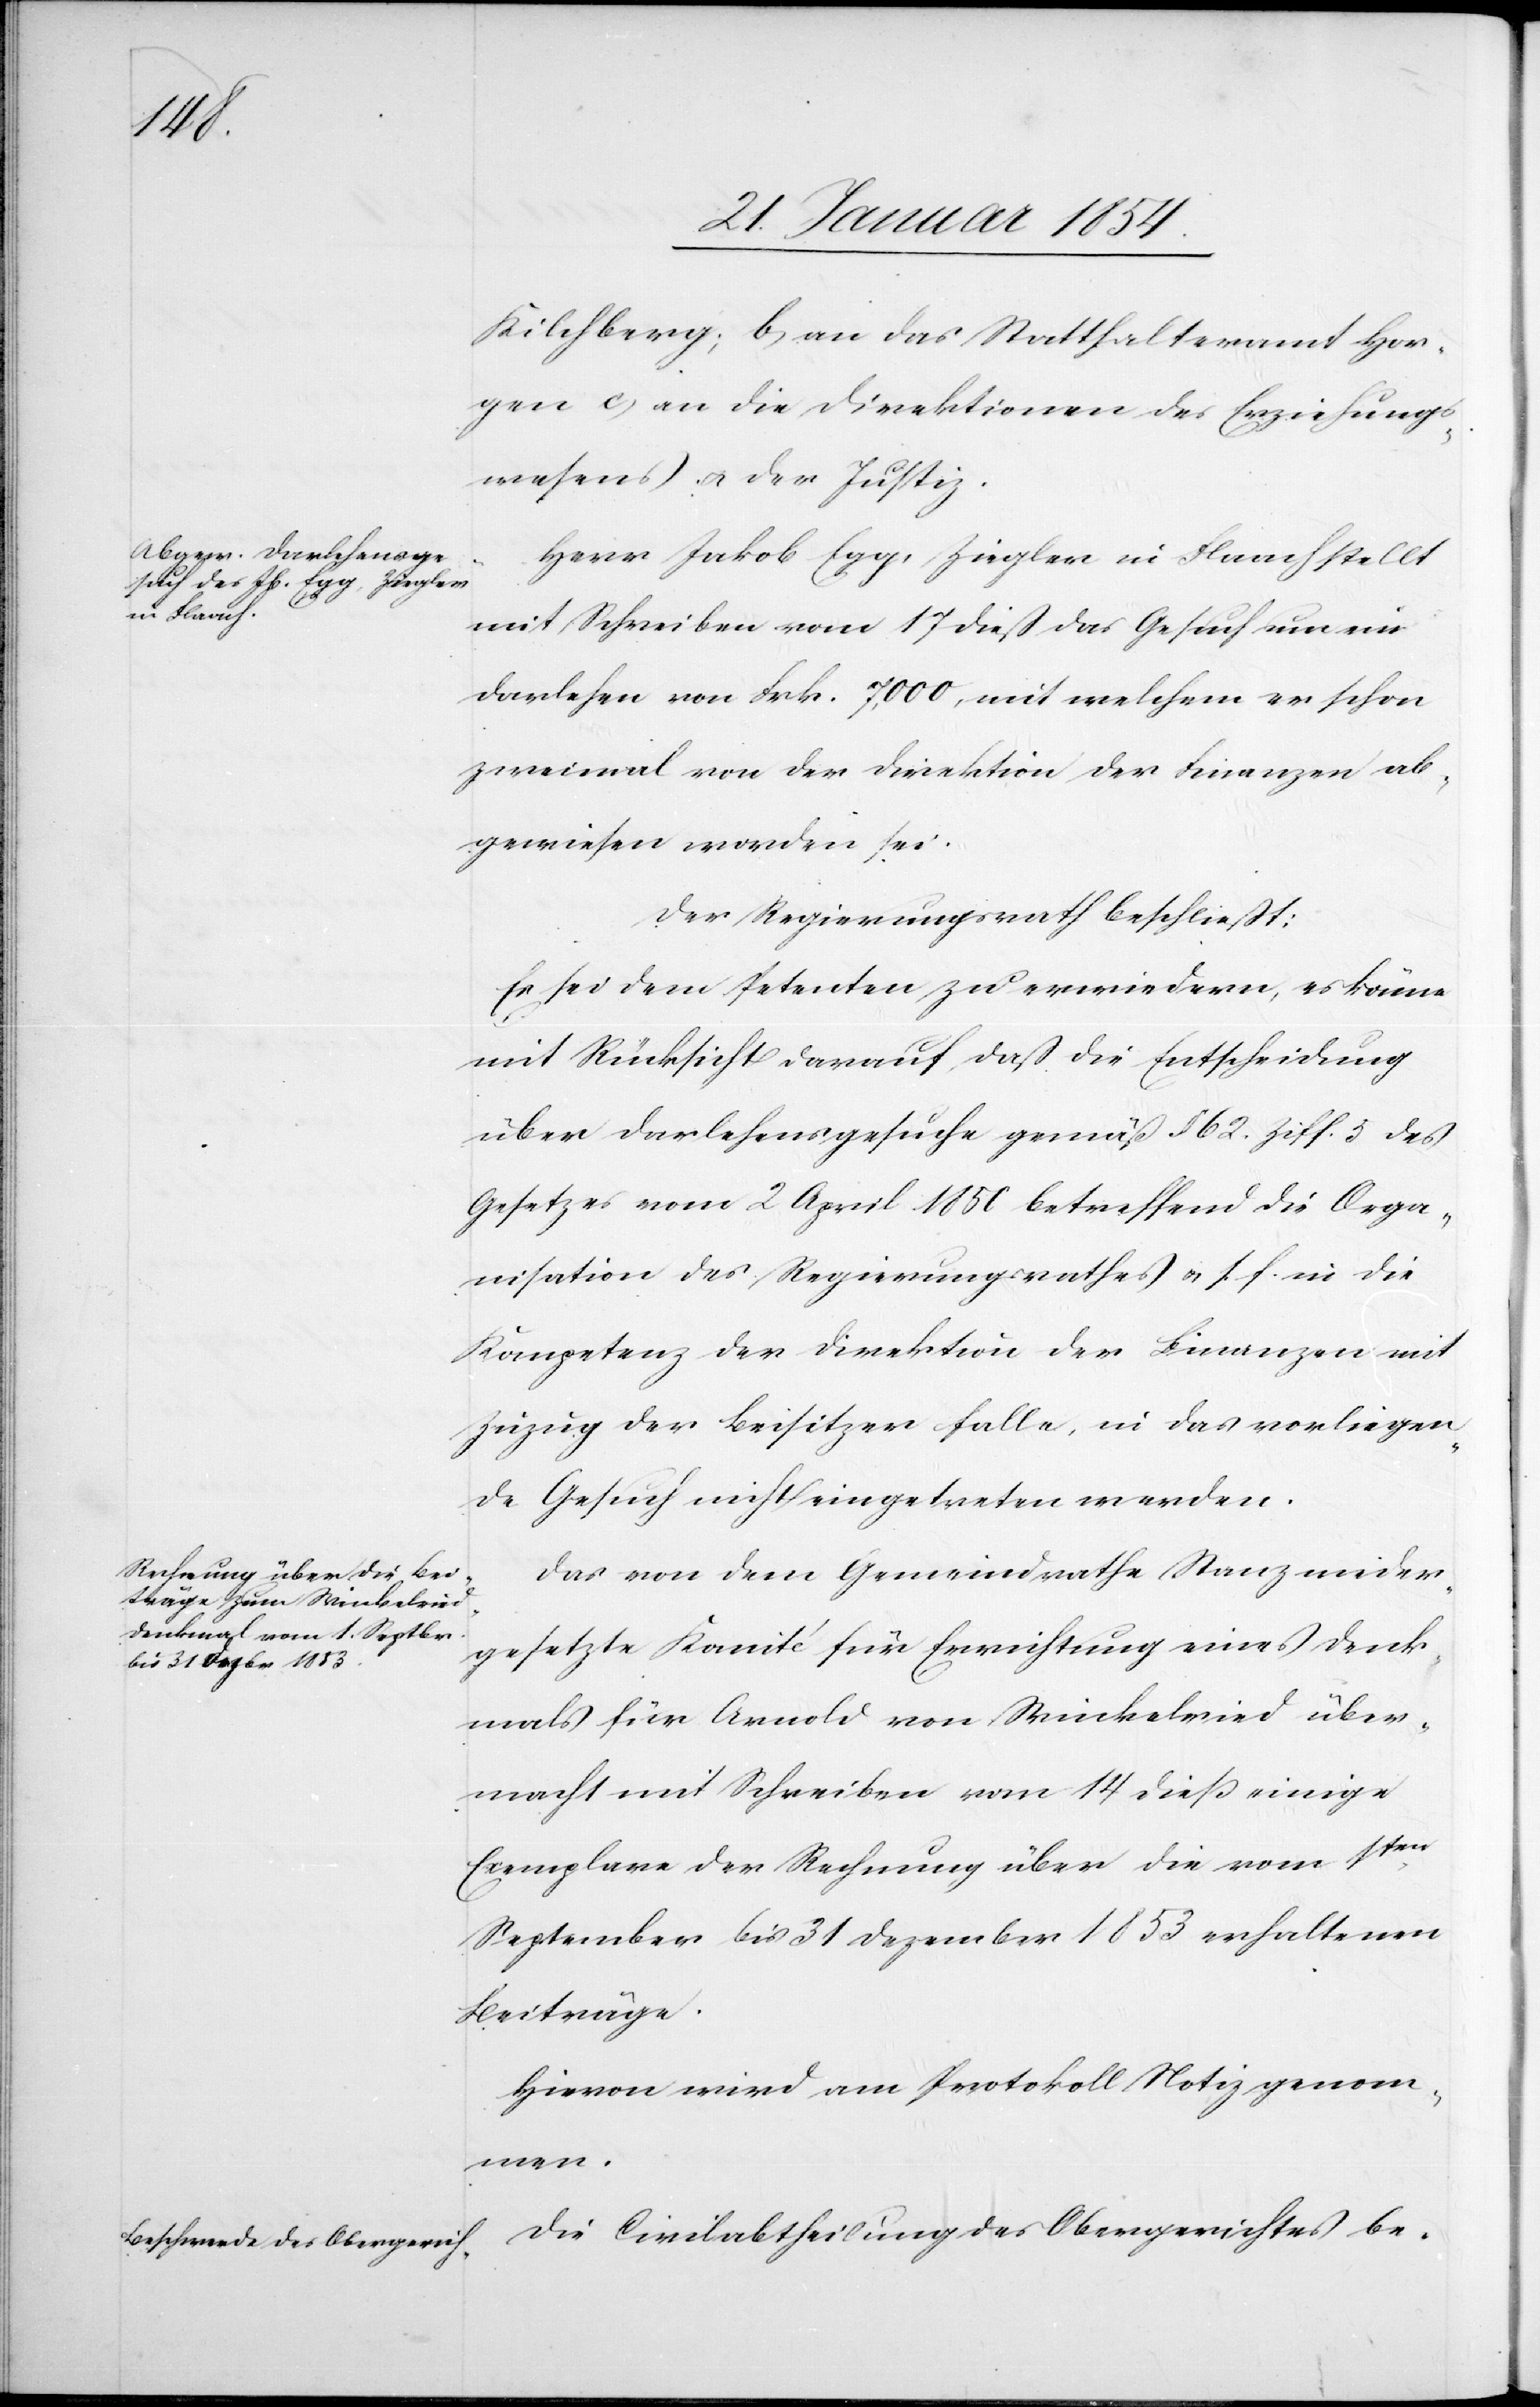
Kilchberg; b) an das Statthalteramt Hor¬
gen c) an die Direktionen des Erziehungs¬
wesens u. der Justiz.
Herr Jakob Egg, Ziegler in Flaach stellt
mit Schreiben vom 17 dieß das Gesuch um ein
Darlehen von Frk. 7000, mit welchem er schon
zweimal von der Direktion der Finanzen ab¬
gewiesen worden sei.
Der Regierungsrath beschließt:
Es sei dem Petenten zu erwiedern, es könne
mit Rücksicht darauf, daß die Entscheidung
über Darlehensgesuche gemäß § 6. Ziff. 5 des
Gesetzes vom 2 April 1850 betreffend die Orga¬
nisation des Regierungsrathes u. s. f. in die
Kompetenz der Direktion der Finanzen mit
Zuzug der Besitzer falle, in das vorliegen¬
de Gesuch nicht eingetreten werden .
Das von dem Gemeindrathe Stanz nieder¬
gesetzte Komité für Errichtung eines Denk¬
mals für Arnold von Winkelried über¬
macht mit Schreiben vom 14 dieß einige
Exemplare der Rechnung über die vom 1ten
September bis 31 Dezember 1853 erhaltenen
Beiträge.
Hievon wird am Protokoll Notiz genom¬
men.
Die Civilabtheilung des Obergerichtes be-